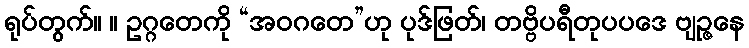
ရုပ်တွက်။ ။ ဥဂ္ဂတေကို “အဝဂတေ”ဟု ပုဒ်ဖြတ်၊ တဗ္ဗိပရီတုပပဒေ ဗျဉ္ဇနေ